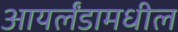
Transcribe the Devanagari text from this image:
आयर्लंडामधील